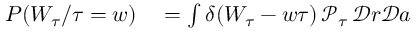
\begin{array} { r l } { P ( W _ { \tau } / \tau = w ) } & { { } = \int \delta ( W _ { \tau } - w \tau ) \, \mathcal { P } _ { \tau } \, \mathcal { D } r \mathcal { D } a } \end{array}